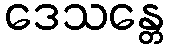
ဒေသန္တေ